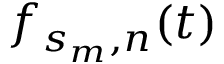
f _ { s _ { m } , n } ( t )